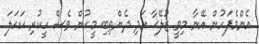
އެންމެފަހުން އޭނާ މިވީ ޒުލޭޚާ އަދި ދެންތިބި މީހުން ވެސް ހީކުރި ކަހަލަ